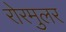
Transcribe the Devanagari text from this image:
रोरमुलर